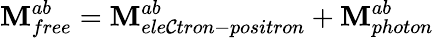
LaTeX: \mathbf{M}_{free}^{ab}=\mathbf{M}_{ele\mathcal{C}tron-positron}^{ab}+\mathbf{M}_{photon}^{ab}